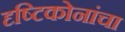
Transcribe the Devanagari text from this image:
दृष्टिकोनांचा